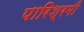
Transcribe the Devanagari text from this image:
पारिश्रमी